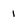
Character: 1